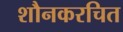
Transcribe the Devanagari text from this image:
शौनकरचित